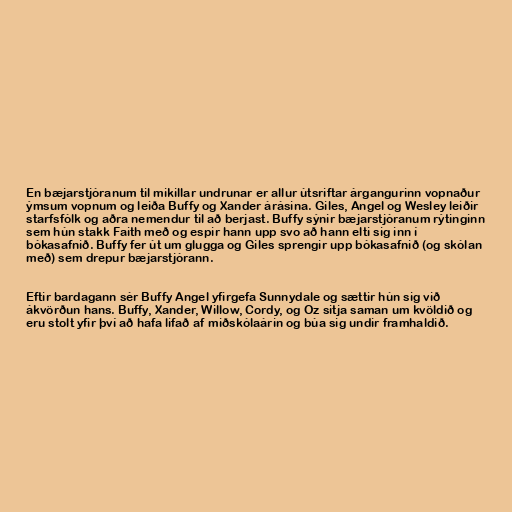
En bæjarstjóranum til mikillar undrunar er allur útsriftar árgangurinn vopnaður
ýmsum vopnum og leiða Buffy og Xander árásina. Giles, Angel og Wesley leiðir
starfsfólk og aðra nemendur til að berjast. Buffy sýnir bæjarstjóranum rýtinginn
sem hún stakk Faith með og espir hann upp svo að hann elti sig inn í
bókasafnið. Buffy fer út um glugga og Giles sprengir upp bókasafnið (og skólan
með) sem drepur bæjarstjórann.

Eftir bardagann sér Buffy Angel yfirgefa Sunnydale og sættir hún sig við
ákvörðun hans. Buffy, Xander, Willow, Cordy, og Oz sitja saman um kvöldið og
eru stolt yfir því að hafa lifað af miðskólaárin og búa sig undir framhaldið.